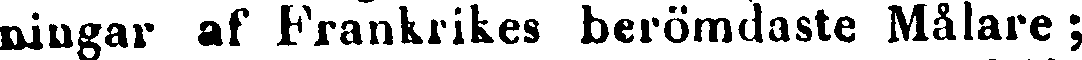
ningar af Frankrikes berömdaste Målare;